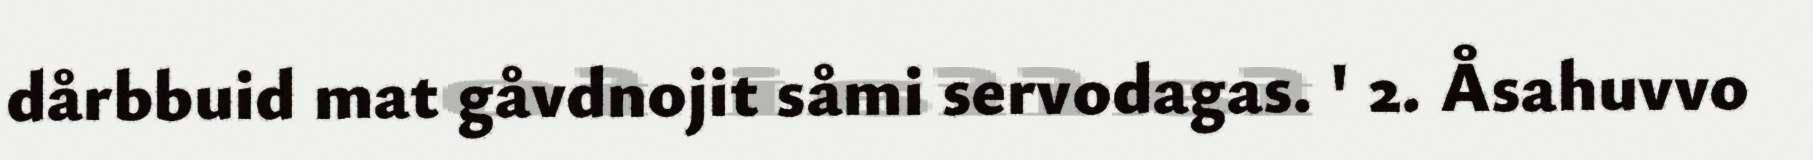
dårbbuid mat gåvdnojit såmi servodagas. ' 2. Åsahuvvo